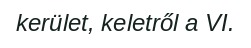
kerület, keletről a VI.